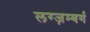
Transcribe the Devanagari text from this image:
लग्ज़म्बर्ग